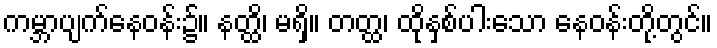
ကမ္ဘာပျက်နေဝန်း၌။ နတ္ထိ၊ မရှိ။ တတ္ထ၊ ထိုနှစ်ပါးသော နေဝန်းတို့တွင်။